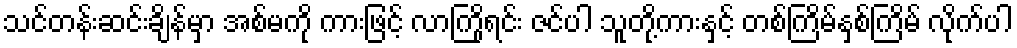
သင်တန်းဆင်းချိန်မှာ အစ်မကို ကားဖြင့် လာကြိုရင်း ဇင်ပါ သူတို့ကားနှင့် တစ်ကြိမ်နှစ်ကြိမ် လိုက်ပါ